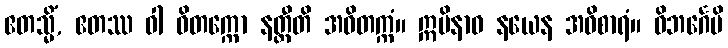
ဧတသ္မိံ, ဧတဿ ဝါ ဝိတက္ကော နတ္ထီတိ အဝိတက္ကံ။ ဣမိနာဝ နယေန အဝိစာရံ။ ဝိဘင်္ဂေပိ